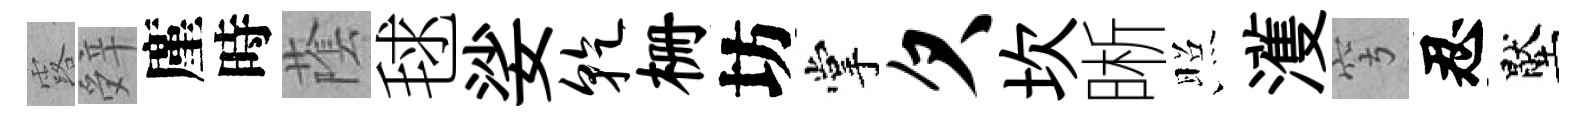
露辤廑時䕃毬娑干栅坊掌欠坎晰照濩穹忍壓